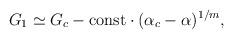
LaTeX: \begin{align*} G_1\simeq G_c- {\rm const}\cdot(\alpha_c-\alpha)^{1/m},\end{align*}